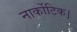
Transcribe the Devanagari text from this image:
नार्कोटिक।